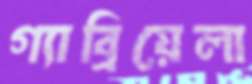
গ্যাব্রিয়েলা